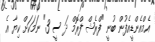
އެމްއެންޑީއެފުން ބުނީ "ފްރެޝް ފްރޮމް ދަ ސީ 3" ނަމަކަށް ކިޔާ އެ